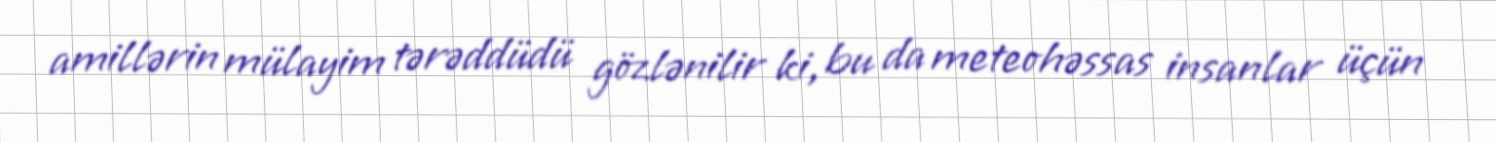
amillərin mülayim tərəddüdü gözlənilir ki, bu da meteohəssas insanlar üçün